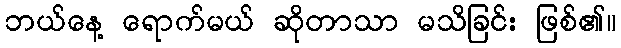
ဘယ်နေ့ ရောက်မယ် ဆိုတာသာ မသိခြင်း ဖြစ်၏။